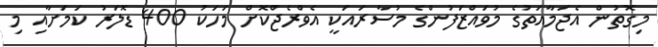
މިގޮތުން އެޖަމާއަތުގެ މުވައްޒަފުންގެ މުސާރައަކީ އެވްރެޖްކޮށް މަހަކު 400 ޑޮލަރު ކަމަށާއި މި